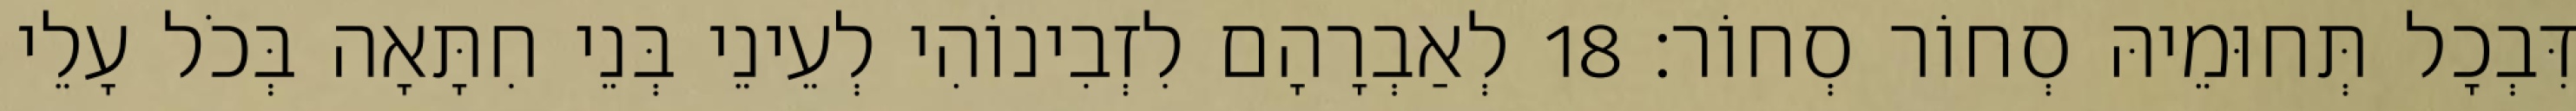
דִּבְכָל תְּחוּמֵיהּ סְחוֹר סְחוֹר׃ 18 לְאַבְרָהָם לִזְבִינוֹהִי לְעֵינֵי בְּנֵי חִתָּאָה בְּכֹל עָלֵי